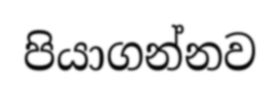
පියාගන්නව